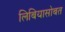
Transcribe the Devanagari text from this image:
लिबियासोबत